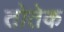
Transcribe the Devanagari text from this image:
तोतेक